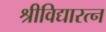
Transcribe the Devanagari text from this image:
श्रीविद्यारत्न